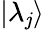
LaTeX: |\lambda_{\mathit{j}}\rangle